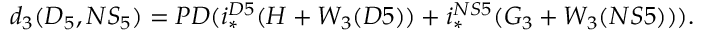
d _ { 3 } ( D _ { 5 } , N S _ { 5 } ) = P D ( i _ { * } ^ { D 5 } ( H + W _ { 3 } ( D 5 ) ) + i _ { * } ^ { N S 5 } ( G _ { 3 } + W _ { 3 } ( N S 5 ) ) ) .